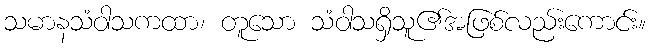
သမာနသံဝါသကထာ၊ တူသော သံဝါသရှိသူ၏အဖြစ်လည်းကောင်း။